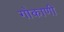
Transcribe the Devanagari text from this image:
गोकाणी